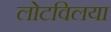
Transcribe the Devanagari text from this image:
लोटविलया